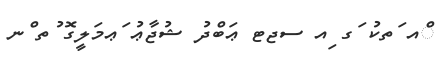
ްއ ަތކު ަގ ިއ ސޖޓ ޢަބްދު ޝުޖާޢު ަޢމަލީގޮ ުތ ްނ